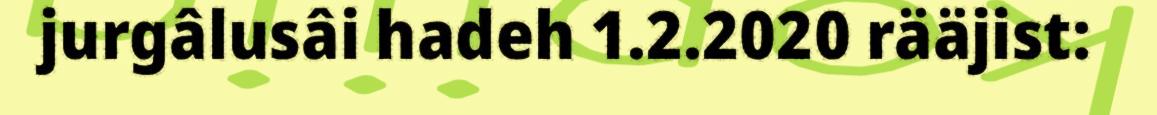
jurgâlusâi hadeh 1.2.2020 rääjist: